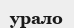
урало